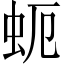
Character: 蚅